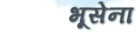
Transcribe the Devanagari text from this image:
भूसेना